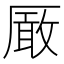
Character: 𠪚